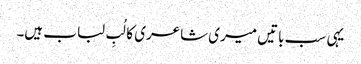
یہی سب باتیں میری شاعری کا لُبِ لباب ہیں۔